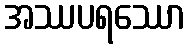
အဿပရဿော